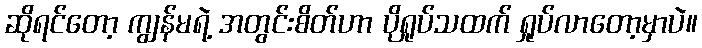
ဆိုရင်တော့ ကျွန်မရဲ့ အတွင်းစိတ်ဟာ ပိုရှုပ်သထက် ရှုပ်လာတော့မှာပဲ။